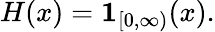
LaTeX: H(x)=\mathbf{1}_{[0,\infty)}(x).